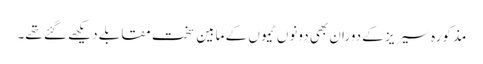
مذکورہ سیریز کے دوران بھی دونوں ٹیموں کے مابین سخت مقابلے دیکھے گئے تھے۔